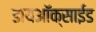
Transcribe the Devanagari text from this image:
डायअाॅक्साईड